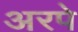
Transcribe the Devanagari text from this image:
अरपे